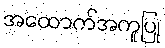
အထောက်အကူပြု